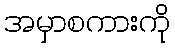
အမှာစကားကို